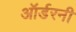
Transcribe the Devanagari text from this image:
ऑर्डरनी